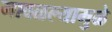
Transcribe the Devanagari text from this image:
मावळल्यामुळे